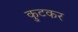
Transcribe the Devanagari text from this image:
कुटकर